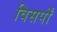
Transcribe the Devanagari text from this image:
विसर्पों